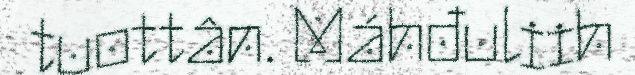
tuottân. Máhđuliih